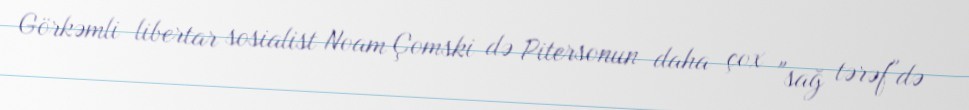
Görkəmli libertar sosialist Noam Çomski də Pitersonun daha çox "sağ tərəf"də